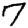
Digit: 7